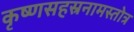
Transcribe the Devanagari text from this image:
कृष्णसहस्रनामस्तोत्र